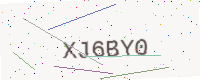
Text: XJ6BY0